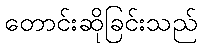
တောင်းဆိုခြင်းသည်